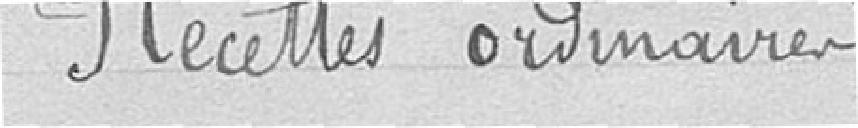
Recettes ordinaires